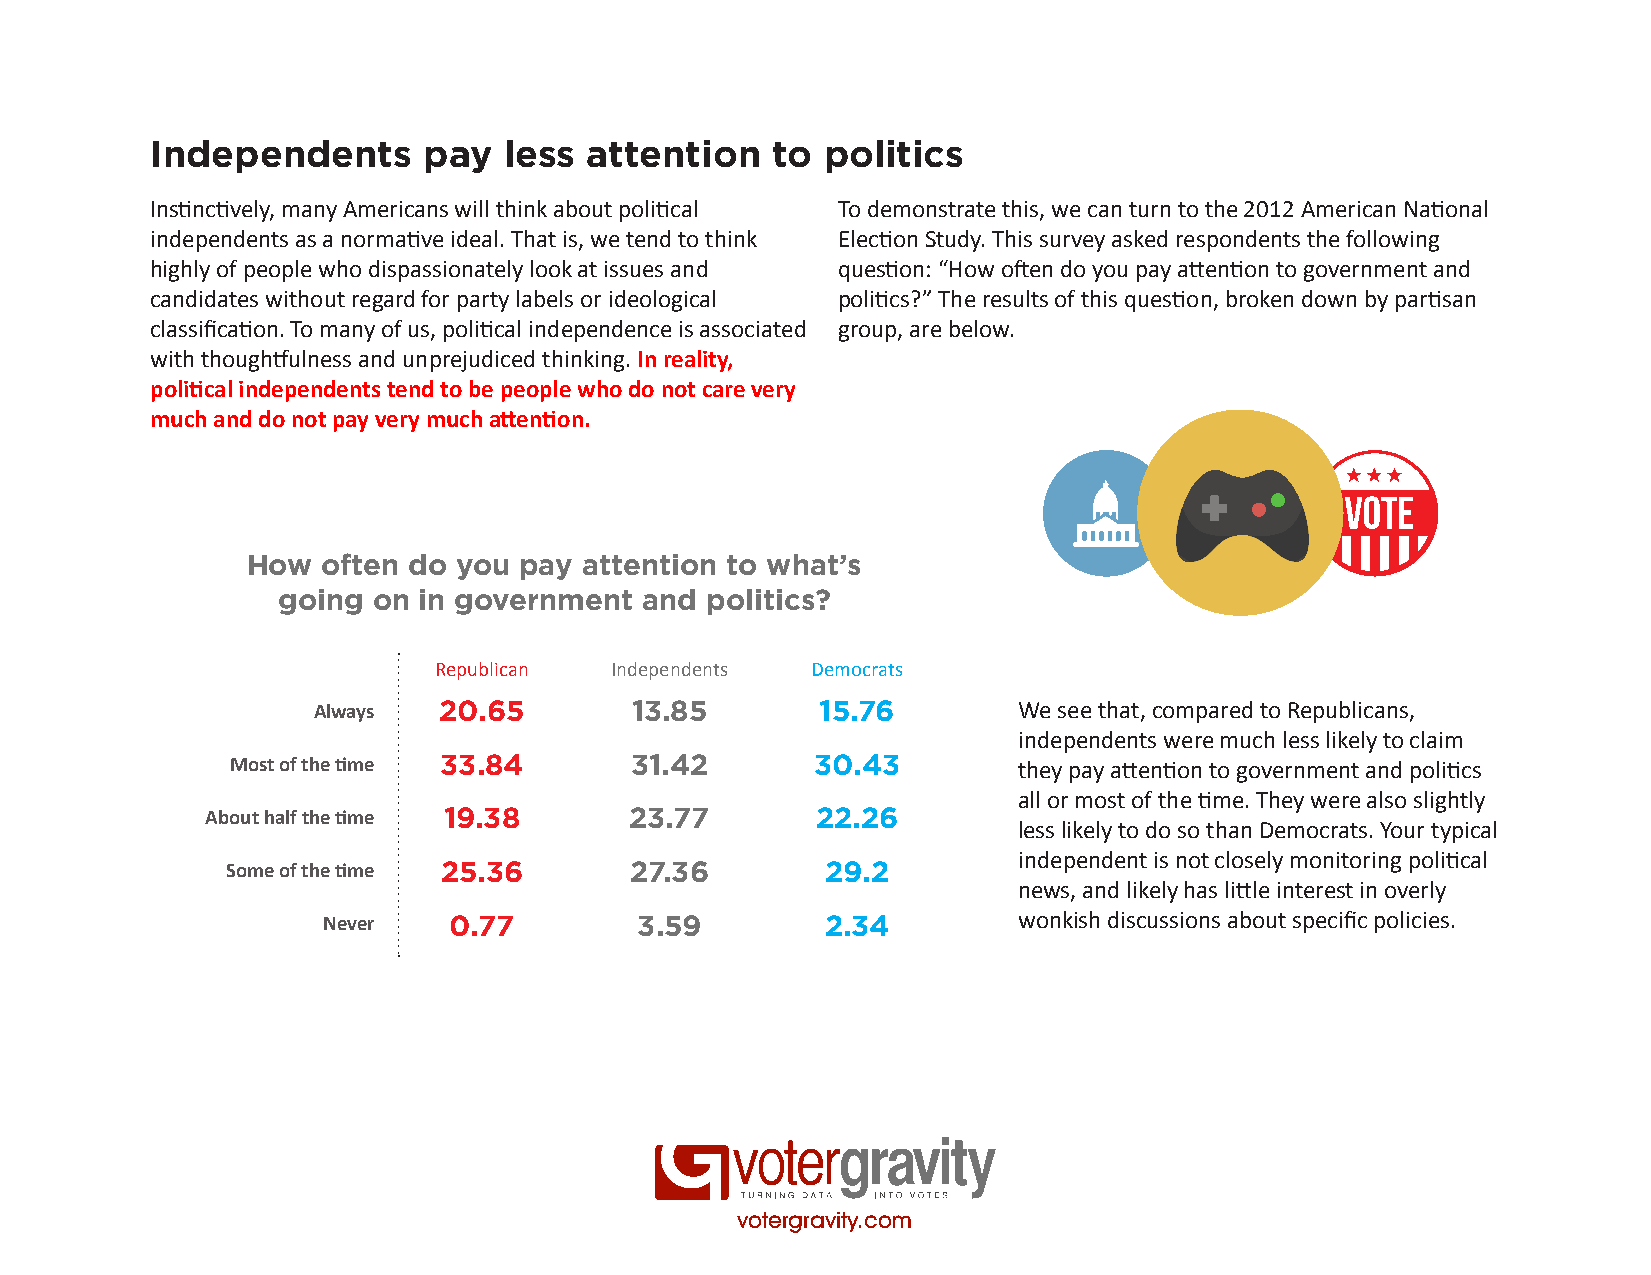
Independents      pay  less  attention   to politics
 Instinctively, many Americans will think about political To demonstrate this, we can turn to the 2012 American National
 independents as a normative ideal. That is, we tend to think Election Study. This survey asked respondents the following
 highly of people who dispassionately look at issues and question: “How often do you pay attention to government and
 candidates without regard for party labels or ideological politics?” The results of this question, broken down by partisan
 classification. To many of us, political independence is associated group, are below.
 with thoughtfulness and unprejudiced thinking. In reality,
 political independents tend to be people who do not care very
 much and do not pay very much attention.
 How  often do you pay  attention to what’s
 going  on in government  and politics?
 Republican Independents  Democrats
 Always  20.65        13.85       15.76        We see that, compared to Republicans,
 independents were much less likely to claim
 Most of the time 33.84     31.42       30.43        they pay attention to government and politics
 all or most of the time. They were also slightly
 About half the time 19.38   23.77       22.26
 less likely to do so than Democrats. Your typical
 independent is not closely monitoring political
 Some of the time 25.36     27.36        29.2
 news, and likely has little interest in overly
 Never    0.77        3.59         2.34        wonkish discussions about specific policies.
 votergravity.com